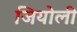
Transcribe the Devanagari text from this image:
जियोली